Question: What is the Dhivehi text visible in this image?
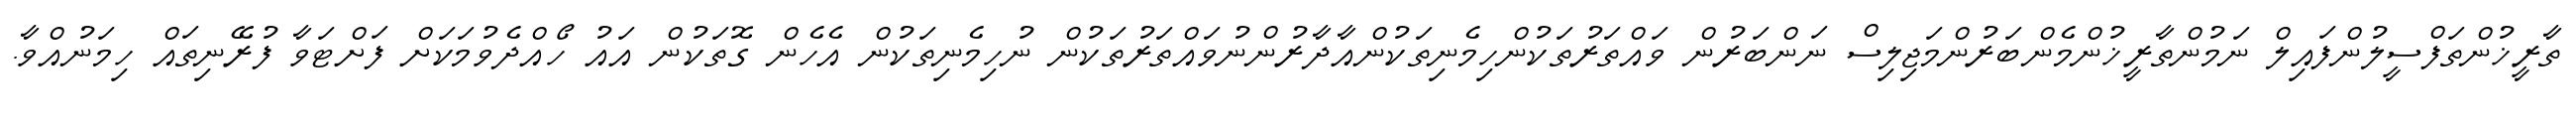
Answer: ތާރީޚުންތަފްސީލުންފައިލް ނަމުންތާރީޚުންމެންބަރުންމަޖިލިސް ނަންބަރުން ވައްތަރުތަކުންހިމެނިތަކުންއާދާރުންނުވައްތަރުތަކުން ނުހިމެނިތަކުން އެހެން ގޮތަކުން އައު ހޯއްދެވުމަކަށް ފަށްޓަވާ ފުރޭނިތައް ހިމަނުއްވާ.